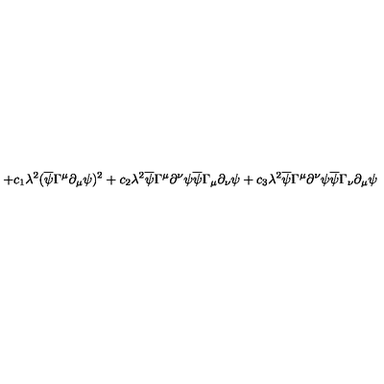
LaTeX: + c _ { 1 } \lambda ^ { 2 } ( \overline { { \psi } } \Gamma ^ { \mu } \partial _ { \mu } \psi ) ^ { 2 } + c _ { 2 } \lambda ^ { 2 } \overline { { \psi } } \Gamma ^ { \mu } \partial ^ { \nu } \psi \overline { { \psi } } \Gamma _ { \mu } \partial _ { \nu } \psi + c _ { 3 } \lambda ^ { 2 } \overline { { \psi } } \Gamma ^ { \mu } \partial ^ { \nu } \psi \overline { { \psi } } \Gamma _ { \nu } \partial _ { \mu } \psi